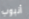
أنبوب